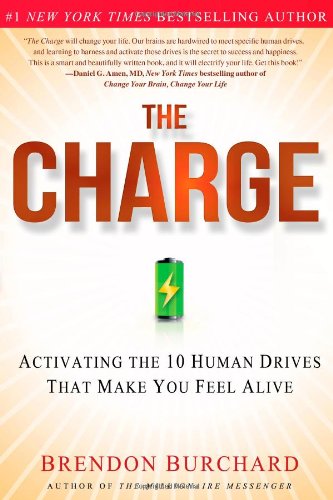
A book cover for The Charge: Activating the 10 Human Drives That Make You Feel Alive; Brendon Burchard; Self-Help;